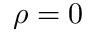
\rho = 0